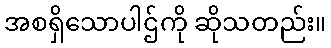
အစရှိသောပါဌ်ကို ဆိုသတည်း။